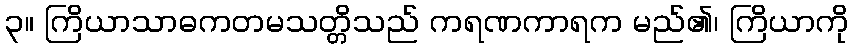
၃။ ကြိယာသာဓကတမသတ္တိသည် ကရဏကာရက မည်၏၊ ကြိယာကို